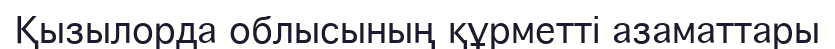
Қызылорда облысының құрметті азаматтары